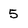
Character: 5